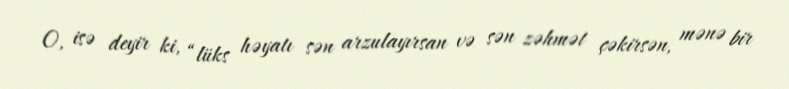
O, isə deyir ki, “lüks həyatı sən arzulayırsan və sən zəhmət çəkirsən, mənə bir